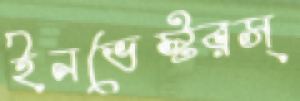
ইনভেস্টরস্